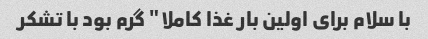
با سلام برای اولین بار غذا کاملا" گرم بود با تشکر